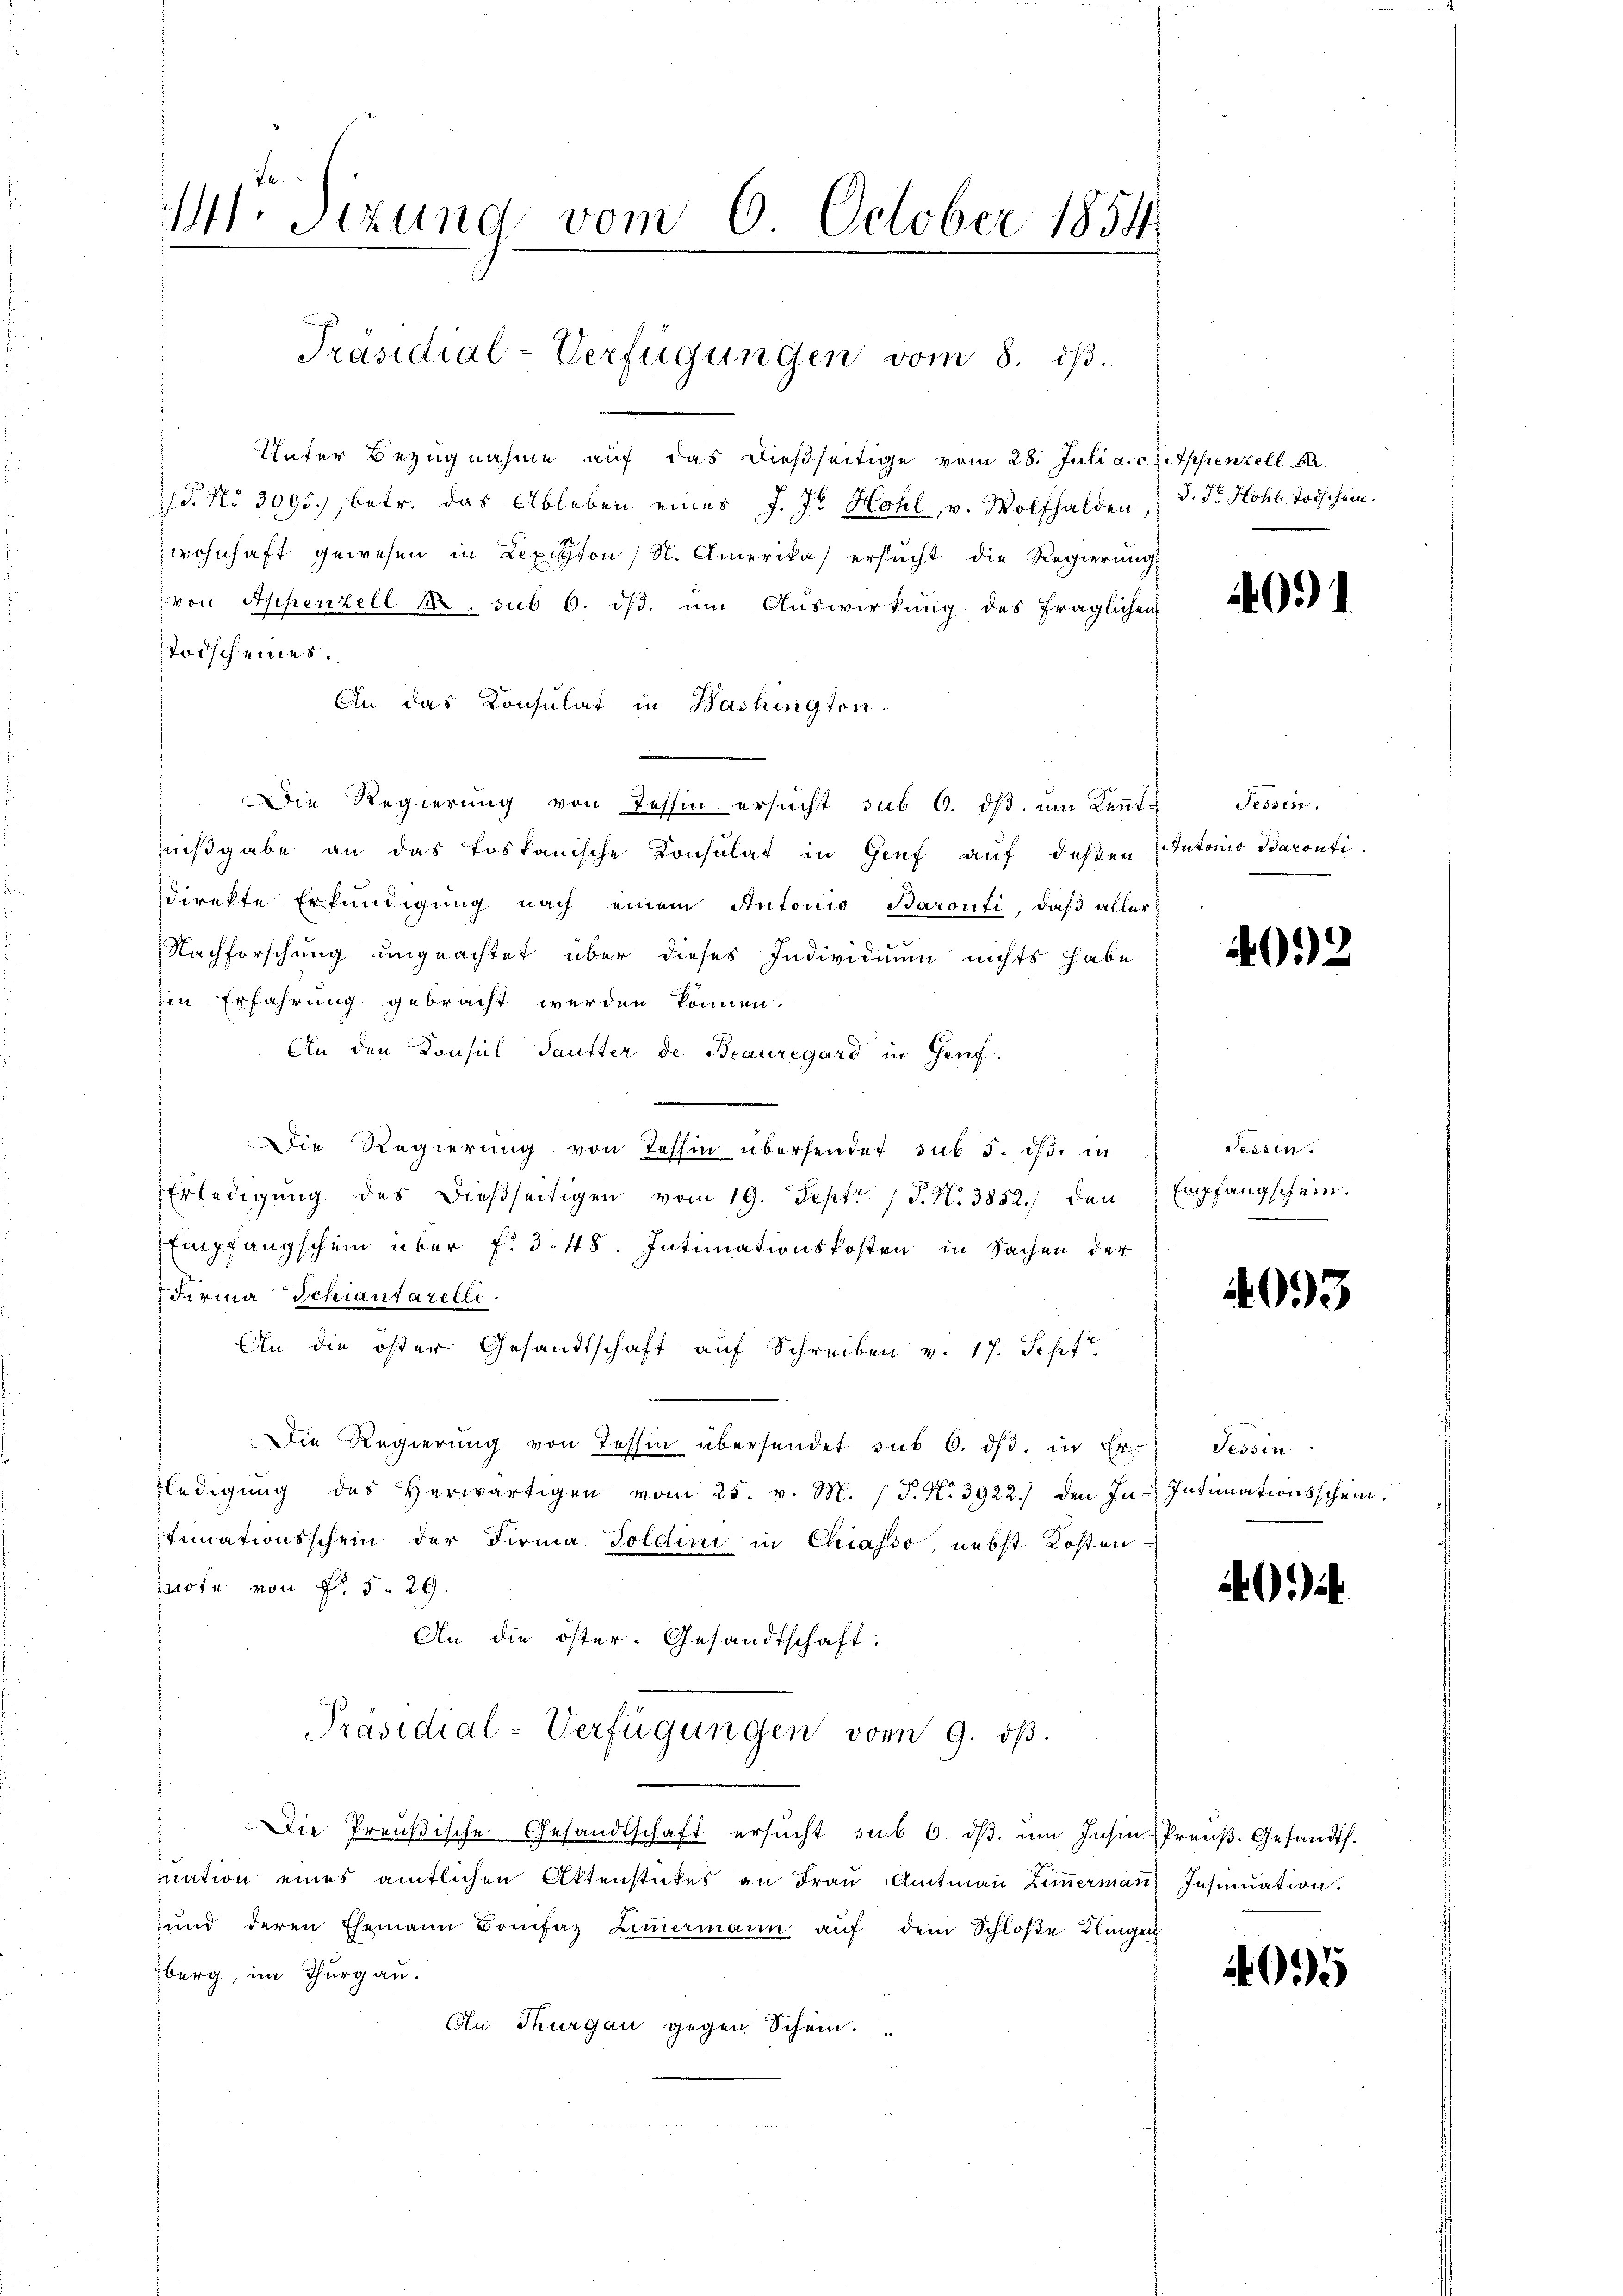
Mt. Tizung vom 6. October 1854.

Unter Bezugnahme aŭf das dießseitige vom 28. Juli a. c. Appenzell A.
P. Nr. 3095), betr. das Ableben eines J. J. Hohl, v. Wolfhalden,
wohnhaft gewesen in Lexisten (S. Amerikas ersucht die Regierungs
von Appenzell M. sub 6. dβ. um Auswirkung des fraglichen
Todscheines.
An das Konsulat in Washington-
Die Regierung von Tessin ersucht sub 6. dβ, um Kenntnißgabe an das toskanische Konsulat in Genf auf deßen Antonio Barontidirekte Erkundigung nach einem Autorio Baronti, daß aller
Nachforschung ungeachtet über dieses Individuum nichts habe
Ein Erfahrung gebracht werden können.
An den Konsul Sautter de Beauregard in Genf.
Die Regierung von Tessin übersendet sub 5. d. d. in
Erledigung des dießseitigen vom 19. Sept. 1 P. N. 3852.) den
Empfangschein über f. d. 48. Intimationskosten in Sachen der
Firma Schiantarelli
An die öster. Gesandtschaft auf Schreiben v. 17. Sepf
Die Regierŭng von Tessin übersendet sub 6. dβ. in Er- Tessin
ledigŭng des herwärtigen vom 25. v. M. P. N. 3922.) den In- Intimationsschein.
stinationsschein der Firma Goldini in Chiasso, nebst Kosten
note von § 5. 29.
An die öster- Gesandtschaft:
Präsidial-Verfügungen vom 9. ds.
Die Preŭβische Gesandtschaft ersŭcht sub 6. dβ ŭm Insin Preŭβ. Gesandts.
nation eines amtlichen Aktenstückes an Frau Amtmann Zimmermann Insinuation.
und deren Ehemann Bonifaz Ziṁermann aŭf dem Schloße Klingen
berg, im Thurgau.
Au Thurgau gegen Schein.

Präsidial-Verfügungen vom 8. ds.

d. Dr Hohl. Todschein.

091

Fessen.

4092

Tessin.
Empfangschein.

4093

0.)

0